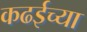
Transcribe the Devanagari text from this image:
कढईच्या